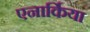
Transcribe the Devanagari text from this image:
एनार्किया